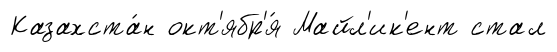
Казахста́н окт'ябр'я́ Майл'ик'ент стал